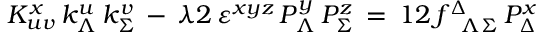
K _ { u v } ^ { x } \, k _ { \Lambda } ^ { u } \, k _ { \Sigma } ^ { v } \, - \, { \o { \lambda } { 2 } } \, \varepsilon ^ { x y z } \, { \cal P } _ { \Lambda } ^ { y } \, { \cal P } _ { \Sigma } ^ { z } \, = \, { \o { 1 } { 2 } } \, f _ { \phantom { \Delta } \Lambda \Sigma } ^ { \Delta } \, { \cal P } _ { \Delta } ^ { x }